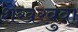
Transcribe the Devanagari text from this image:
शेखरबुवा